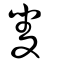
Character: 夎